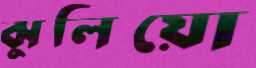
ঝুলিয়ো